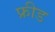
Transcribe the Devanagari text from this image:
फ्रीड